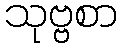
သုဗ္ဗစာ